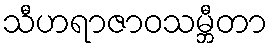
သီဟရာဇာဝသမ္ဘီတာ